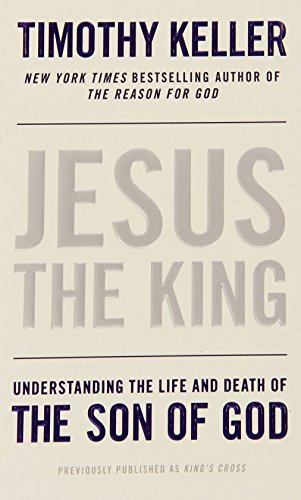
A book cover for Jesus the King: Understanding the Life and Death of the Son of God; Timothy Keller; History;